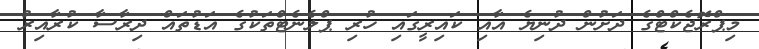
މިޕްރޮޖެކްޓްގެ ދަށުން ދުނިޔެ އާއި ކައިރީގައި ހުރި ޕްލެނެޓްތަކުގެ އަޑުތައް ދިރާސާ ކުރާއިރު